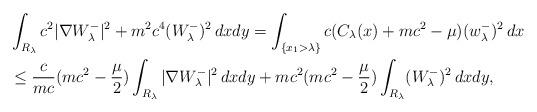
LaTeX: \begin{align*}\begin{aligned}&\int_{R_\lambda}c^2|\nabla W_\lambda^-|^2 +m^2c^4(W_\lambda^-)^2\,dxdy = \int_{\{x_1 > \lambda\}}c(C_\lambda(x)+mc^2-\mu)(w_\lambda^-)^2\,dx \\& \leq \frac{c}{mc}(mc^2-\frac\mu2)\int_{R_\lambda}|\nabla W_\lambda^-|^2\,dxdy+mc^2(mc^2-\frac\mu2)\int_{R_\lambda}(W_\lambda^-)^2\,dxdy,\end{aligned}\end{align*}